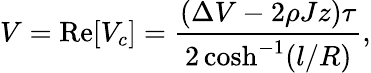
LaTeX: V=\mathrm{Re}[V_{c}]=\frac{(\Delta V-2\rho Jz)\tau}{2\cosh^{-1}(l/R)},